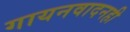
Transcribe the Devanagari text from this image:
गायनवादनही